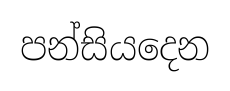
පන්සියදෙන